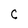
Character: C